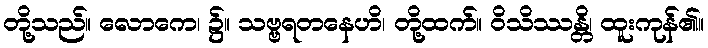
တို့သည်။ လောကေ၊ ၌။ သဗ္ဗရတနေဟိ၊ တို့ထက်။ ဝိသိဿန္တိ၊ ထူးကုန်၏။